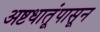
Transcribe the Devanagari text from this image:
अष्टधातूंपासून